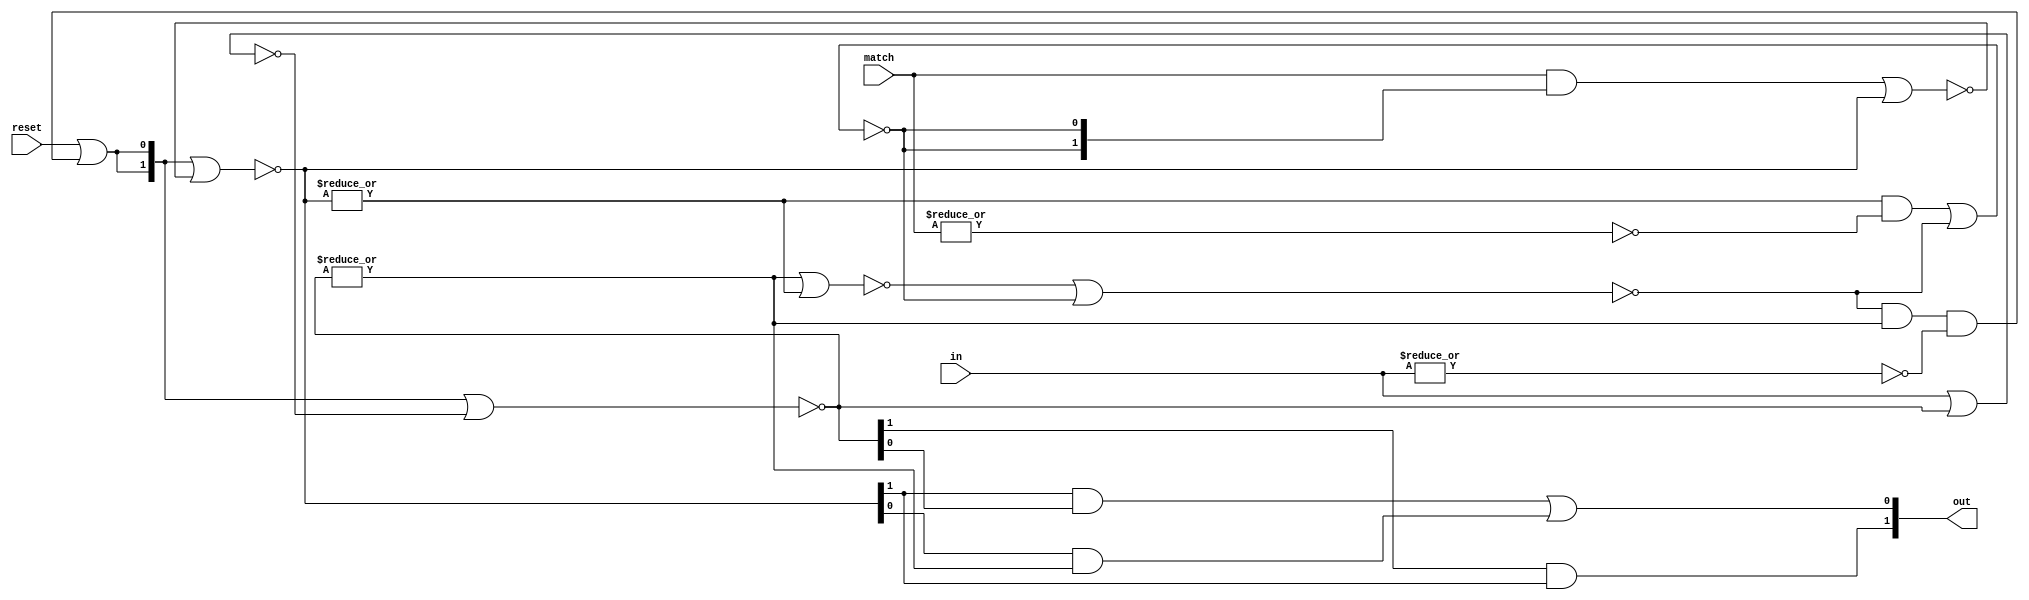
// SPDX-FileCopyrightText: Copyright 2020 Jecel Mattos de Assumpcao Jr
// 
// SPDX-License-Identifier: Apache-2.0 
// 
// Licensed under the Apache License, Version 2.0 (the "License");
// you may not use this file except in compliance with the License.
// You may obtain a copy of the License at
// 
//     https://www.apache.org/licenses/LICENSE-2.0
// 
// Unless required by applicable law or agreed to in writing, software
// distributed under the License is distributed on an "AS IS" BASIS,
// WITHOUT WARRANTIES OR CONDITIONS OF ANY KIND, either express or implied.
// See the License for the specific language governing permissions and
// limitations under the License.


// These are the building blocks for Morphle Logic, an asynchronous
// runtime reconfigurable array (ARRA).

// many signals are two bit busses
`define Vempty 0
`define V0     1
`define V1     2
// the combination 3 is not defined

// this asynchronous finite state machine is the basic building block
// of Morphle Logic. It explicitly defines 5 simple latches that
// directly change when their inputs do, so there is no clock anywhere

module rycfsm (
    input reset,
    input [1:0] in,
    input [1:0] match,
    output [1:0] out);
    
    wire [1:0] lin;
    wire [1:0] nlin;
    wire [1:0] lmatch;
    wire [1:0] nlmatch;
    wire lmempty;
    wire nlmempty;
        
    wire linval    =| lin; // lin != `Vempty;
    wire inval     =| in; // in != `Vempty;
    wire lmatchval =| lmatch; // lmatch != `Vempty;
    wire matchval  =| match; // match != `Vempty;

    wire clear;    
    assign #1 clear = reset | (lmempty & linval & ~inval);
    wire [1:0] clear2 = {clear,clear};
    
    // two bit latches
    assign #1 lin = ~(clear2 | nlin);
    assign #1 nlin = ~(in | lin);
    
    assign #1 lmatch = ~(clear2 | nlmatch);
    assign #1 nlmatch = ~((match & {nlmempty,nlmempty}) | lmatch);
    
    // one bit latch
    assign #1 lmempty = ~(~(linval | lmatchval) | nlmempty);
    assign #1 nlmempty = ~((lmatchval & ~matchval) | lmempty);
    
    // forward the result of combining match and in
    assign out[1] = lin[1] & lmatch[1];
    assign out[0] = (lmatch[1] & lin[0]) | (lmatch[0] & linval);
    
endmodule

// each pseudo "red cell" in Morphle Logic can be configured to one these
// different options.
// 0001 .
// 0010 |
// 0100 raw
// 1000 i/o


// these pseudo red cells connect a column of yellow cells to multiplexers
// that all got to the logic analyzer pins
//
// Values are indicated by a pair of wires, where 00 indicates empty, 01 a
// 0 value and 10 indicates a 1 value. The combination 11 should never appear

module prcell(
`ifdef USE_POWER_PINS
    inout vccd1,	// User area 1 1.8V supply
    inout vssd1,	// User area 1 digital ground
`endif
  // control
  input reset,    // freezes the cell operations and clears everything
  input rconfclk,   // a strobe to enter the configuration bits
  input [3:0] data_in,   // talk to logic analyzer
  output [3:0] data_out,
  output vempty,  // this cell interrupts vertical signals
  output vempty2,
  // UP
  input uempty,    // cell U is empty, so we are the topmost of a signal
  input [1:0] uin,
  output [1:0] uout,
  // DOWN
  input dempty,    // cell D is empty, so we are the bottommost of a signal
  input [1:0] din,
  output [1:0] dout);
  
  reg [3:0] cnfg;
  always @(posedge rconfclk) cnfg = data_in;
    
  // configuration signals decoded
  wire empty;
  wire vblock, vbypass;
  
  assign vbypass = cnfg[3] | cnfg[1];               
  assign vempty = empty | cnfg[0];
  assign vempty2 = vempty;
  wire vreset = reset | cnfg[0];
  wire [1:0] vin;
  wire [1:0] vout;
  wire [1:0] vback;

  wire [1:0] vmatch = data_in[1:0];
  rycfsm vfsm (.reset(vreset), .in(vin), .match(vmatch), .out(vout));
  wire [1:0] bvout = vbypass ? vin : vout;
  assign dout = cnfg[2] ? data_in[1:0] : bvout;
  assign #1 vin = uempty ? {~vreset&(~(vback[1]|vback[1'b0])),1'b0} : uin; // no oscillation on reset
  assign vback = (dempty | vempty) ? bvout : din; // don't propagate when bottommost or empty
  assign uout = cnfg[2] ? data_in[3:2] : vback;
  
  assign data_out = {uin,din};

endmodule

// this block is a short row of prcells which "cap" a block of yellow cells

module prcap #(parameter
  BLOCKWIDTH = 8,
  HMSB = BLOCKWIDTH-1,
  HMSB2 = (2*BLOCKWIDTH)-1,
  HMSB4 = (4*BLOCKWIDTH)-1)
  (
`ifdef USE_POWER_PINS
    inout vccd1,	// User area 1 1.8V supply
    inout vssd1,	// User area 1 digital ground
`endif
  // control
  input reset,              // freezes the cell operations and clears everything
  input rconfclk,           // a strobe to configure the pseudo red cells
  input [HMSB4:0] data_in,      // bits from logic analyzer
  output [HMSB4:0] data_out,   // bits to logic analyser
  output [HMSB:0] vempty,  // this cell interrupts vertical signals
  output [HMSB:0] vempty2,
  // UP
  input [HMSB:0] uempty,    // cell U is empty, so we are the topmost of a signal
  input [HMSB2:0] uin,
  output [HMSB2:0] uout,
  // DOWN
  input [HMSB:0] dempty,    // cell D is empty, so we are the bottommost of a signal
  input [HMSB2:0] din,
  output [HMSB2:0] dout);

  
  genvar c;
  
  generate
    for ( c = 0 ; c < BLOCKWIDTH ; c = c + 1 ) begin : column
      prcell rc (
`ifdef USE_POWER_PINS
             .vccd1(vccd1),
             .vssd1(vssd1),
`endif
             .reset(reset),
             .rconfclk(rconfclk),
             .data_in(data_in[4*c+3:4*c]),
             .data_out(data_out[4*c+3:4*c]),
             .vempty(vempty[c]),.vempty2(vempty2[c]),
             .uempty(uempty[c]),.uin(uin[2*c+1:2*c]),.uout(uout[2*c+1:2*c]),
             .dempty(dempty[c]),.din(din[2*c+1:2*c]),.dout(dout[2*c+1:2*c]));
    end
  endgenerate

endmodule